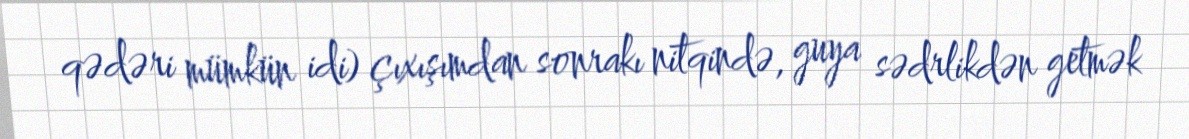
qədəri mümkün idi) çıxışımdan sonrakı nitqində, guya sədrlikdən getmək